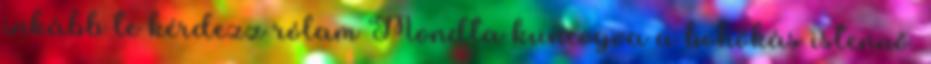
inkább te kérdezz rólam Mondta kuncogva a bohókás istennő.